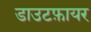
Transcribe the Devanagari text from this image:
डाउटफ़ायर